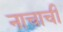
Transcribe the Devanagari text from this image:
नाचाची